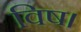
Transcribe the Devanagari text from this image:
विष।